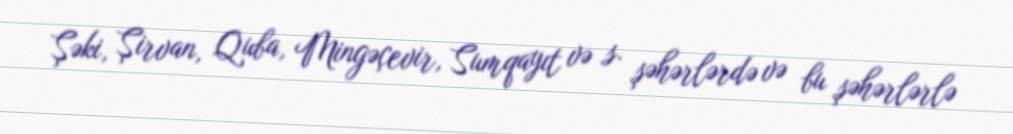
Şəki, Şirvan, Quba, Mingəçevir, Sumqayıt və s. şəhərlərdə və bu şəhərlərlə